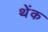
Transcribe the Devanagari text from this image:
थेंक